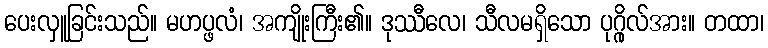
ပေးလှူခြင်းသည်။ မဟပ္ဖလံ၊ အကျိုးကြီး၏။ ဒုဿီလေ၊ သီလမရှိသော ပုဂ္ဂိုလ်အား။ တထာ၊